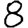
Digit: 8